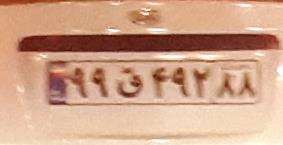
۹۹ق۴۹۲۸۸